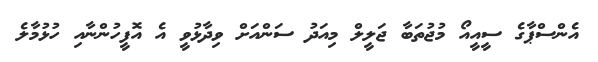
އެންސްޕާގެ ސީއީއޯ މުޖުތަބާ ޖަލީލް މިއަދު ސަންއަށް ވިދާޅުވީ އެ އޮފީހުންނާއި ހުޅުމާލެ